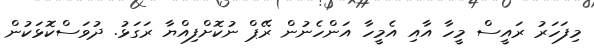
މިފަހަރު ރައީސް މީހާ އާއި އެމީހާ އަންހެނުން ރޭޕް ނުކޮށްފިއްޔާ ރަގަޅު. ދުވަސްކޮޅަކުން